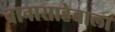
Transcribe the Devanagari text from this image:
नानासाहेबाला